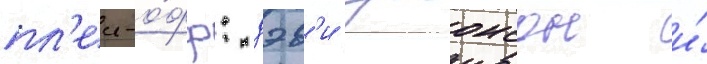
пл'еи-о́фф: дэв'и джонсон и́